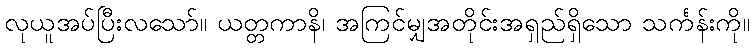
လုယူအပ်ပြီးလသော်။ ယတ္တကာနိ၊ အကြင်မျှအတိုင်းအရှည်ရှိသော သင်္ကန်းကို။